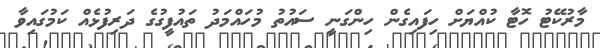
މާރުކޭޓު ހޮޓާ ކުއްޔަށް ހިފައިގެން ހިންގަނީ ސައުތު މުހައްމަދު ތައުފީގުގެ ދަރިފުޅެއް ކަމުގައިވާ